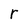
Character: r